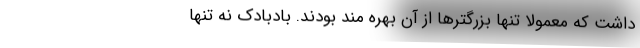
داشت که معمولا تنها بزرگترها از آن بهره مند بودند. بادبادک نه تنها